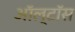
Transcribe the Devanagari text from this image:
ऑल्टॉस